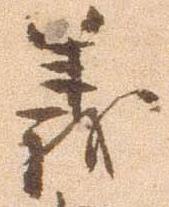
義